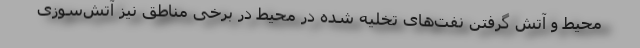
محیط و آتش گرفتن نفت‌های تخلیه شده در محیط در برخی مناطق نیز آتش‌سوزی